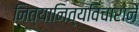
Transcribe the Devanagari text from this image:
नित्यानित्यविचारानें